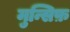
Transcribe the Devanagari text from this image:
मुन्सिफ़